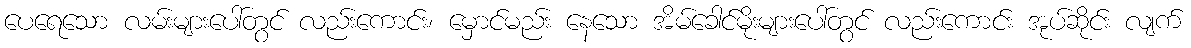
ပေရေသော လမ်းများပေါ်တွင် လည်းကောင်း၊ မှောင်မည်း နေသော အိမ်ခေါင်မိုးများပေါ်တွင် လည်းကောင်း အုပ်ဆိုင်း လျက်